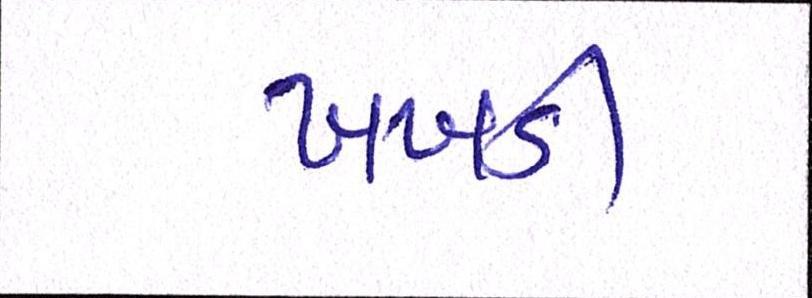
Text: ખખડી